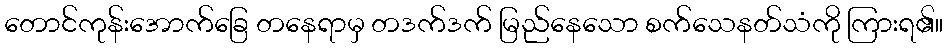
တောင်ကုန်းအောက်ခြေ တနေရာမှ တဒက်ဒက် မြည်နေသော စက်သေနတ်သံကို ကြားရ၏။